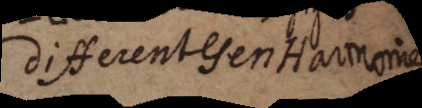
differentes en Harmonie